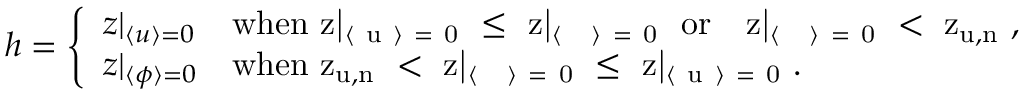
\begin{array} { r } { h = \left\{ \begin{array} { l l } { z | _ { \langle u \rangle = 0 } } & { \mathrm { w h e n ~ z | _ { \langle ~ u ~ \rangle ~ = ~ 0 } ~ \leq ~ z | _ { \langle ~ \phi ~ \rangle ~ = ~ 0 } ~ \ o r \ \ ~ z | _ { \langle ~ \phi ~ \rangle ~ = ~ 0 } ~ < ~ z _ { u , n } ~ } , } \\ { z | _ { \langle \phi \rangle = 0 } } & { \mathrm { w h e n ~ z _ { u , n } ~ < ~ z | _ { \langle ~ \phi ~ \rangle ~ = ~ 0 } ~ \leq ~ z | _ { \langle ~ u ~ \rangle ~ = ~ 0 } ~ } . } \end{array} \right. } \end{array}